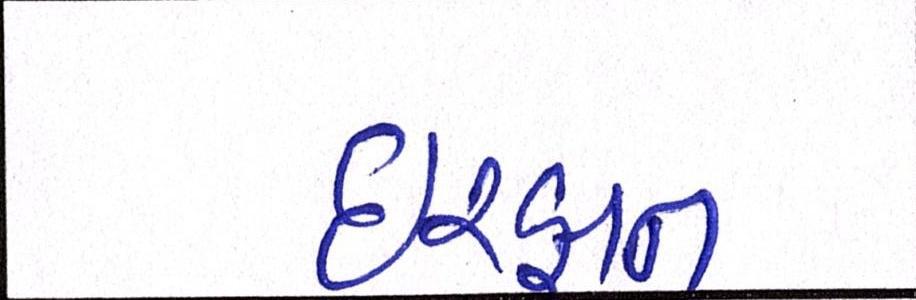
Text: ઈરફાન